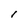
Character: l